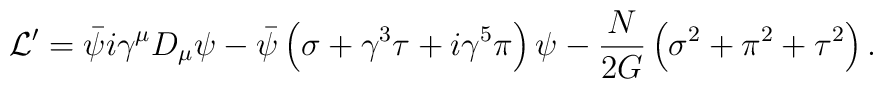
{\cal L}^{\prime}=\bar\psi i\gamma^{\mu}D_{\mu}\psi-\bar\psi\left(\sigma+\gamma^3\tau+i\gamma^5\pi\right)\psi-{N\over2G}\left(\sigma^2+\pi^2+\tau^2\right).